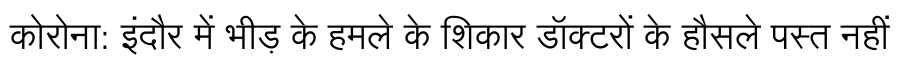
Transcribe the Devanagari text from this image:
कोरोना: इंदौर में भीड़ के हमले के शिकार डॉक्टरों के हौसले पस्त नहीं